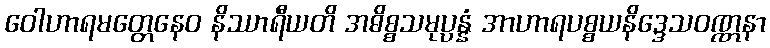
ဝေါဟာရမတ္တေနေဝ နိဿာရီယတိ အဓိစ္စသမုပ္ပန္နံ အာဟာရပစ္စယနိဒ္ဒေသဝဏ္ဏနာ